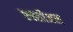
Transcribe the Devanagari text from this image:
एक्सीअल